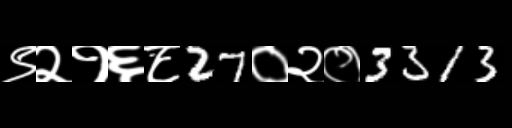
Text: ९२१६८27०२०3313